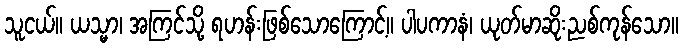
သူငယ်။ ယသ္မာ၊ အကြင်သို့ ရဟန်းဖြစ်သောကြောင့်။ ပါပကာနံ၊ ယုတ်မာဆိုးညစ်ကုန်သော။